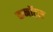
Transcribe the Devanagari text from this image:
कनॉट्स